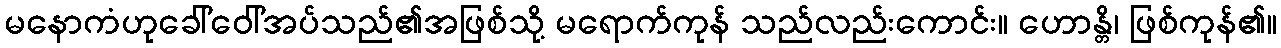
မနောကံဟုခေါ်ဝေါ်အပ်သည်၏အဖြစ်သို့ မရောက်ကုန် သည်လည်းကောင်း။ ဟောန္တိ၊ ဖြစ်ကုန်၏။